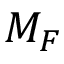
M _ { F }